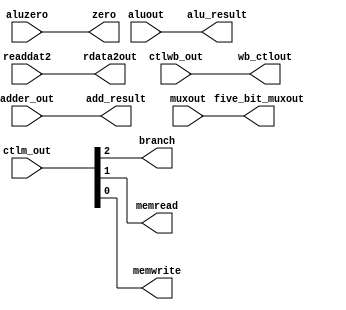
// Course: CSE 401- Computer Architecture
// Term: Winter 2020
// Name: Erika Gutierrez
// ID: 005318270

`timescale 1ns / 1ps
/* ex_mem.v */

module ex_mem(
	input		wire	[1:0]		ctlwb_out,
	input		wire	[2:0]		ctlm_out,
	input		wire	[31:0]	adder_out,
	input		wire				aluzero,
	input		wire	[31:0]	aluout, readdat2,
	input		wire	[4:0]		muxout,
	output	reg	[1:0]		wb_ctlout,
	output	reg				branch, memread, memwrite,
	output	reg	[31:0]	add_result,
	output	reg				zero,
	output	reg	[31:0]	alu_result, rdata2out,
	output	reg	[4:0]		five_bit_muxout
    );

	initial begin
		wb_ctlout <= 0;
		branch <= 0; memread <= 0; memwrite <= 0;
		add_result <= 0;
		zero <= 0;
		alu_result <= 0; rdata2out <= 0;
		five_bit_muxout <= 0;
	end

	always@* begin
		#1 //Update Delay

		//Use Fig 3.7 to assign the inputs to the outputs
		wb_ctlout <= ctlwb_out;
		branch <= ctlm_out[2];
		memread <= ctlm_out[1];
		memwrite <= ctlm_out[0];
		/* branch, memread, and memwrite are not listed in Fig 3.7
		so what do we do wit them?
		Well we code them, obviously.
        Here's your hint for these 3:
        Look at their size (listed in the port listings on top)
        Figure out which input wire needs to get assigned to them.
        Then trace the wires in the "MIPS Data Path Diagram"
        */
        add_result <= adder_out;
		zero <= aluzero;
		alu_result <= aluout;
		rdata2out <= readdat2;
		five_bit_muxout <= muxout;
	end

endmodule // ex_mem